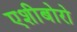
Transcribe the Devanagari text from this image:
एशीबोरो